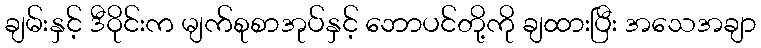
ချမ်းနှင့် ဒီဝိုင်းက မျက်စုစာအုပ်နှင့် ဘောပင်တို့ကို ချထားပြီး အသေအချာ